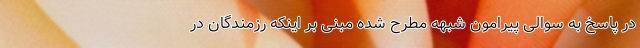
در پاسخ به سوالی پیرامون شبهه مطرح شده مبنی بر اینکه رزمندگان در